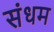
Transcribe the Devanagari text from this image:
संधम